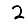
Digit: 2